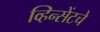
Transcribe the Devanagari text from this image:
व्हिन्सेंटचे